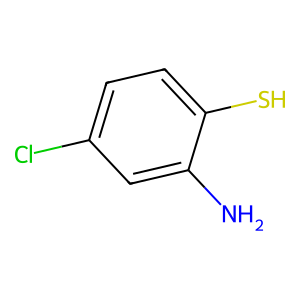
SMILES: Nc1cc(Cl)ccc1S
Inhibits HIV replication: No